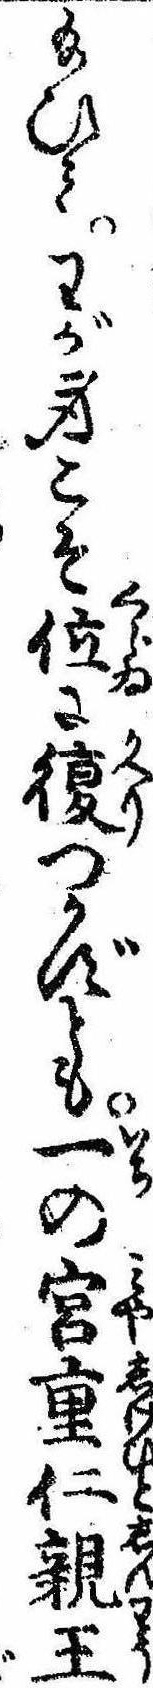
給ひてわが身こそ位に復つかずとも一の宮重仁親王